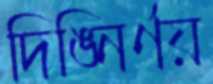
দিঙ্নির্ণয়